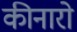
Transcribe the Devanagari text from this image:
कीनारो